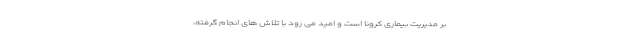
بر مدیریت بیماری کرونا است و امید می رود با تلاش های انجام گرفته،